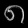
Digit: ၈